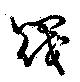
閥